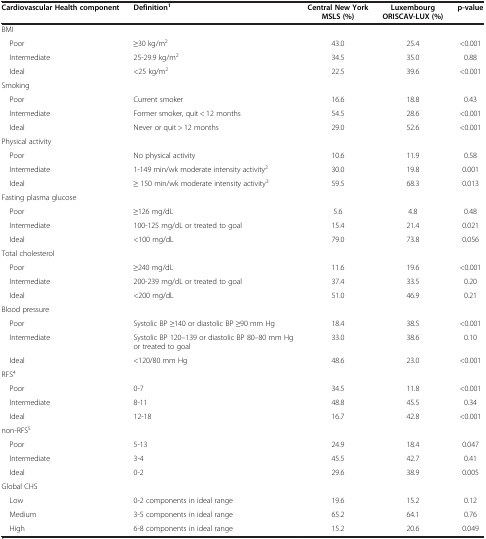
<table><thead><tr><td><b>Cardiovascular Health component</b></td><td><b>Definition<sup>1</sup></b></td><td><b>Central New York MSLS (%)</b></td><td><b>Luxembourg ORISCAV-LUX (%)</b></td><td><b>p-value</b></td></tr></thead><tbody><tr><td>BMI</td><td> </td><td> </td><td> </td><td> </td></tr><tr><td> Poor</td><td>≥30 kg/m<sup>2</sup></td><td>43.0</td><td>25.4</td><td>&lt;0.001</td></tr><tr><td> Intermediate</td><td>25-29.9 kg/m<sup>2</sup></td><td>34.5</td><td>35.0</td><td>0.88</td></tr><tr><td> Ideal</td><td>&lt;25 kg/m<sup>2</sup></td><td>22.5</td><td>39.6</td><td>&lt;0.001</td></tr><tr><td>Smoking</td><td> </td><td> </td><td> </td><td> </td></tr><tr><td> Poor</td><td>Current smoker</td><td>16.6</td><td>18.8</td><td>0.43</td></tr><tr><td> Intermediate</td><td>Former smoker, quit &lt; 12 months</td><td>54.5</td><td>28.6</td><td>&lt;0.001</td></tr><tr><td> Ideal</td><td>Never or quit &gt; 12 months</td><td>29.0</td><td>52.6</td><td>&lt;0.001</td></tr><tr><td>Physical activity</td><td> </td><td> </td><td> </td><td> </td></tr><tr><td> Poor</td><td>No physical activity</td><td>10.6</td><td>11.9</td><td>0.58</td></tr><tr><td> Intermediate</td><td>1-149 min/wk moderate intensity activity<sup>2</sup></td><td>30.0</td><td>19.8</td><td>0.001</td></tr><tr><td> Ideal</td><td>≥ 150 min/wk moderate intensity activity<sup>3</sup></td><td>59.5</td><td>68.3</td><td>0.013</td></tr><tr><td>Fasting plasma glucose</td><td> </td><td> </td><td> </td><td> </td></tr><tr><td> Poor</td><td>≥126 mg/dL</td><td>5.6</td><td>4.8</td><td>0.48</td></tr><tr><td> Intermediate</td><td>100-125 mg/dL or treated to goal</td><td>15.4</td><td>21.4</td><td>0.021</td></tr><tr><td> Ideal</td><td>&lt;100 mg/dL</td><td>79.0</td><td>73.8</td><td>0.056</td></tr><tr><td>Total cholesterol</td><td> </td><td> </td><td> </td><td> </td></tr><tr><td> Poor</td><td>≥240 mg/dL</td><td>11.6</td><td>19.6</td><td>&lt;0.001</td></tr><tr><td> Intermediate</td><td>200-239 mg/dL or treated to goal</td><td>37.4</td><td>33.5</td><td>0.20</td></tr><tr><td> Ideal</td><td>&lt;200 mg/dL</td><td>51.0</td><td>46.9</td><td>0.21</td></tr><tr><td>Blood pressure</td><td> </td><td> </td><td> </td><td> </td></tr><tr><td> Poor</td><td>Systolic BP ≥140 or diastolic BP ≥90 mm Hg</td><td>18.4</td><td>38.5</td><td>&lt;0.001</td></tr><tr><td> Intermediate</td><td>Systolic BP 120–139 or diastolic BP 80–80 mm Hg or treated to goal</td><td>33.0</td><td>38.6</td><td>0.10</td></tr><tr><td> Ideal</td><td>&lt;120/80 mm Hg</td><td>48.6</td><td>23.0</td><td>&lt;0.001</td></tr><tr><td>RFS<sup>4</sup></td><td> </td><td> </td><td> </td><td> </td></tr><tr><td> Poor</td><td>0-7</td><td>34.5</td><td>11.8</td><td>&lt;0.001</td></tr><tr><td> Intermediate</td><td>8-11</td><td>48.8</td><td>45.5</td><td>0.34</td></tr><tr><td> Ideal</td><td>12-18</td><td>16.7</td><td>42.8</td><td>&lt;0.001</td></tr><tr><td>non-RFS<sup>5</sup></td><td> </td><td> </td><td> </td><td> </td></tr><tr><td> Poor</td><td>5-13</td><td>24.9</td><td>18.4</td><td>0.047</td></tr><tr><td> Intermediate</td><td>3-4</td><td>45.5</td><td>42.7</td><td>0.41</td></tr><tr><td> Ideal</td><td>0-2</td><td>29.6</td><td>38.9</td><td>0.005</td></tr><tr><td>Global CHS</td><td> </td><td> </td><td> </td><td> </td></tr><tr><td> Low</td><td>0-2 components in ideal range</td><td>19.6</td><td>15.2</td><td>0.12</td></tr><tr><td> Medium</td><td>3-5 components in ideal range</td><td>65.2</td><td>64.1</td><td>0.76</td></tr><tr><td> High</td><td>6-8 components in ideal range</td><td>15.2</td><td>20.6</td><td>0.049</td></tr></tbody></table>